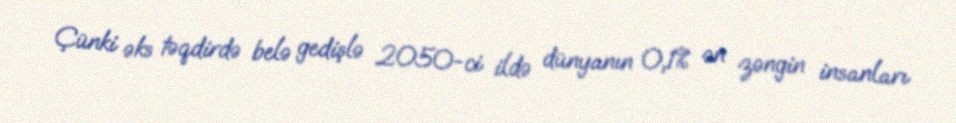
Çünki əks təqdirdə belə gedişlə 2050-ci ildə dünyanın 0,1% ən zəngin insanları